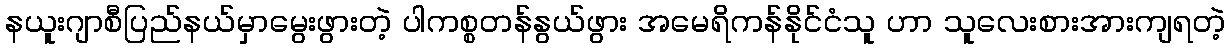
နယူးဂျာစီပြည်နယ်မှာမွေးဖွားတဲ့ ပါကစ္စတန်နွယ်ဖွား အမေရိကန်နိုင်ငံသူ ဟာ သူလေးစားအားကျရတဲ့